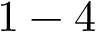
1 - 4